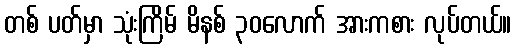
တစ် ပတ်မှာ သုံးကြိမ် မိနစ် ၃၀လောက် အားကစား လုပ်တယ်။